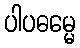
ပါပဓမ္မေ